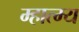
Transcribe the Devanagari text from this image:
म्हात्म्य